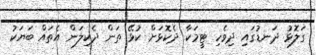
ގަލޮޅު ދަނޑުގައި ދިވެހި ޓީމަކާ ދެކޮޅަށް ކުޅޭ ތަން ދެކިލަން އެތައް ބަޔަކު